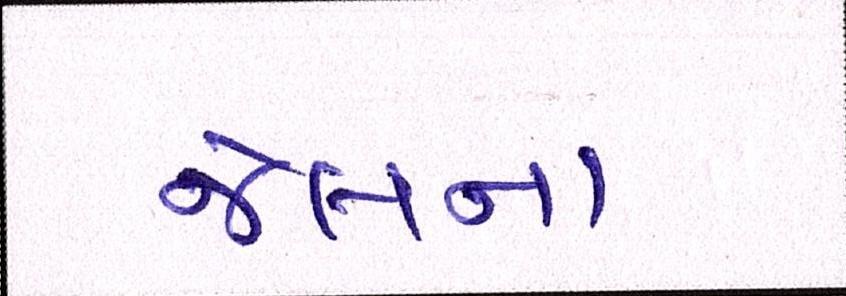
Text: જેલના